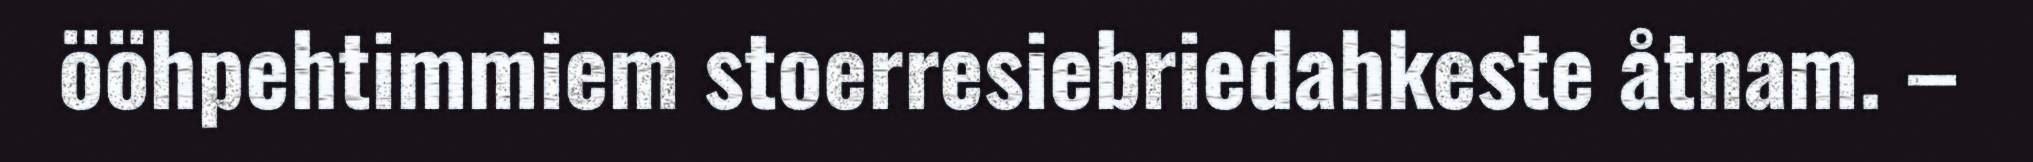
ööhpehtimmiem stoerresiebriedahkeste åtnam. –